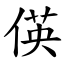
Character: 偀